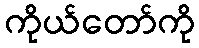
ကိုယ်တော်ကို